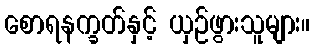
စောရနက္ခတ်နှင့် ယှဉ်ဖွားသူများ။